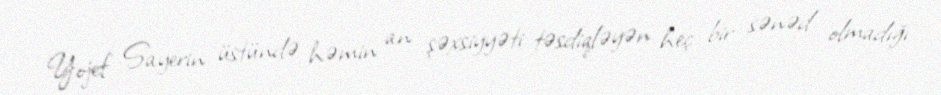
Yojef Sayerin üstündə həmin an şəxsiyyəti təsdiqləyən heç bir sənəd olmadığı